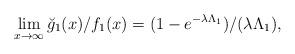
LaTeX: \begin{align*} \lim_{x\to\infty} \breve g_1(x)/f_1(x) =(1-e^{-\lambda \Lambda_1})/(\lambda\Lambda_1), \end{align*}